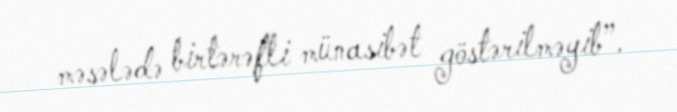
məsələdə birtərəfli münasibət göstərilməyib”.